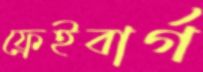
ফ্রেইবার্গ